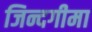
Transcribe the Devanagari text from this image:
जिन्दगीमा